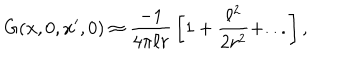
G ( { \bf x } , 0 , { \bf x } ^ { \prime } , 0 ) \approx { \frac { - 1 } { 4 \pi \ell r } } \left[ 1 + { \frac { \ell ^ { 2 } } { 2 r ^ { 2 } } } + . . . \right] ,